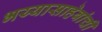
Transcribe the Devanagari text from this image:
भय्यासाहेबांची